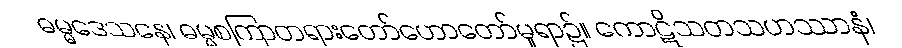
ဓမ္မဒေသနေ၊ ဓမ္မစကြာတရားတော်ဟောတော်မူရာ၌။ ကောဋိသတသဟဿာနံ၊